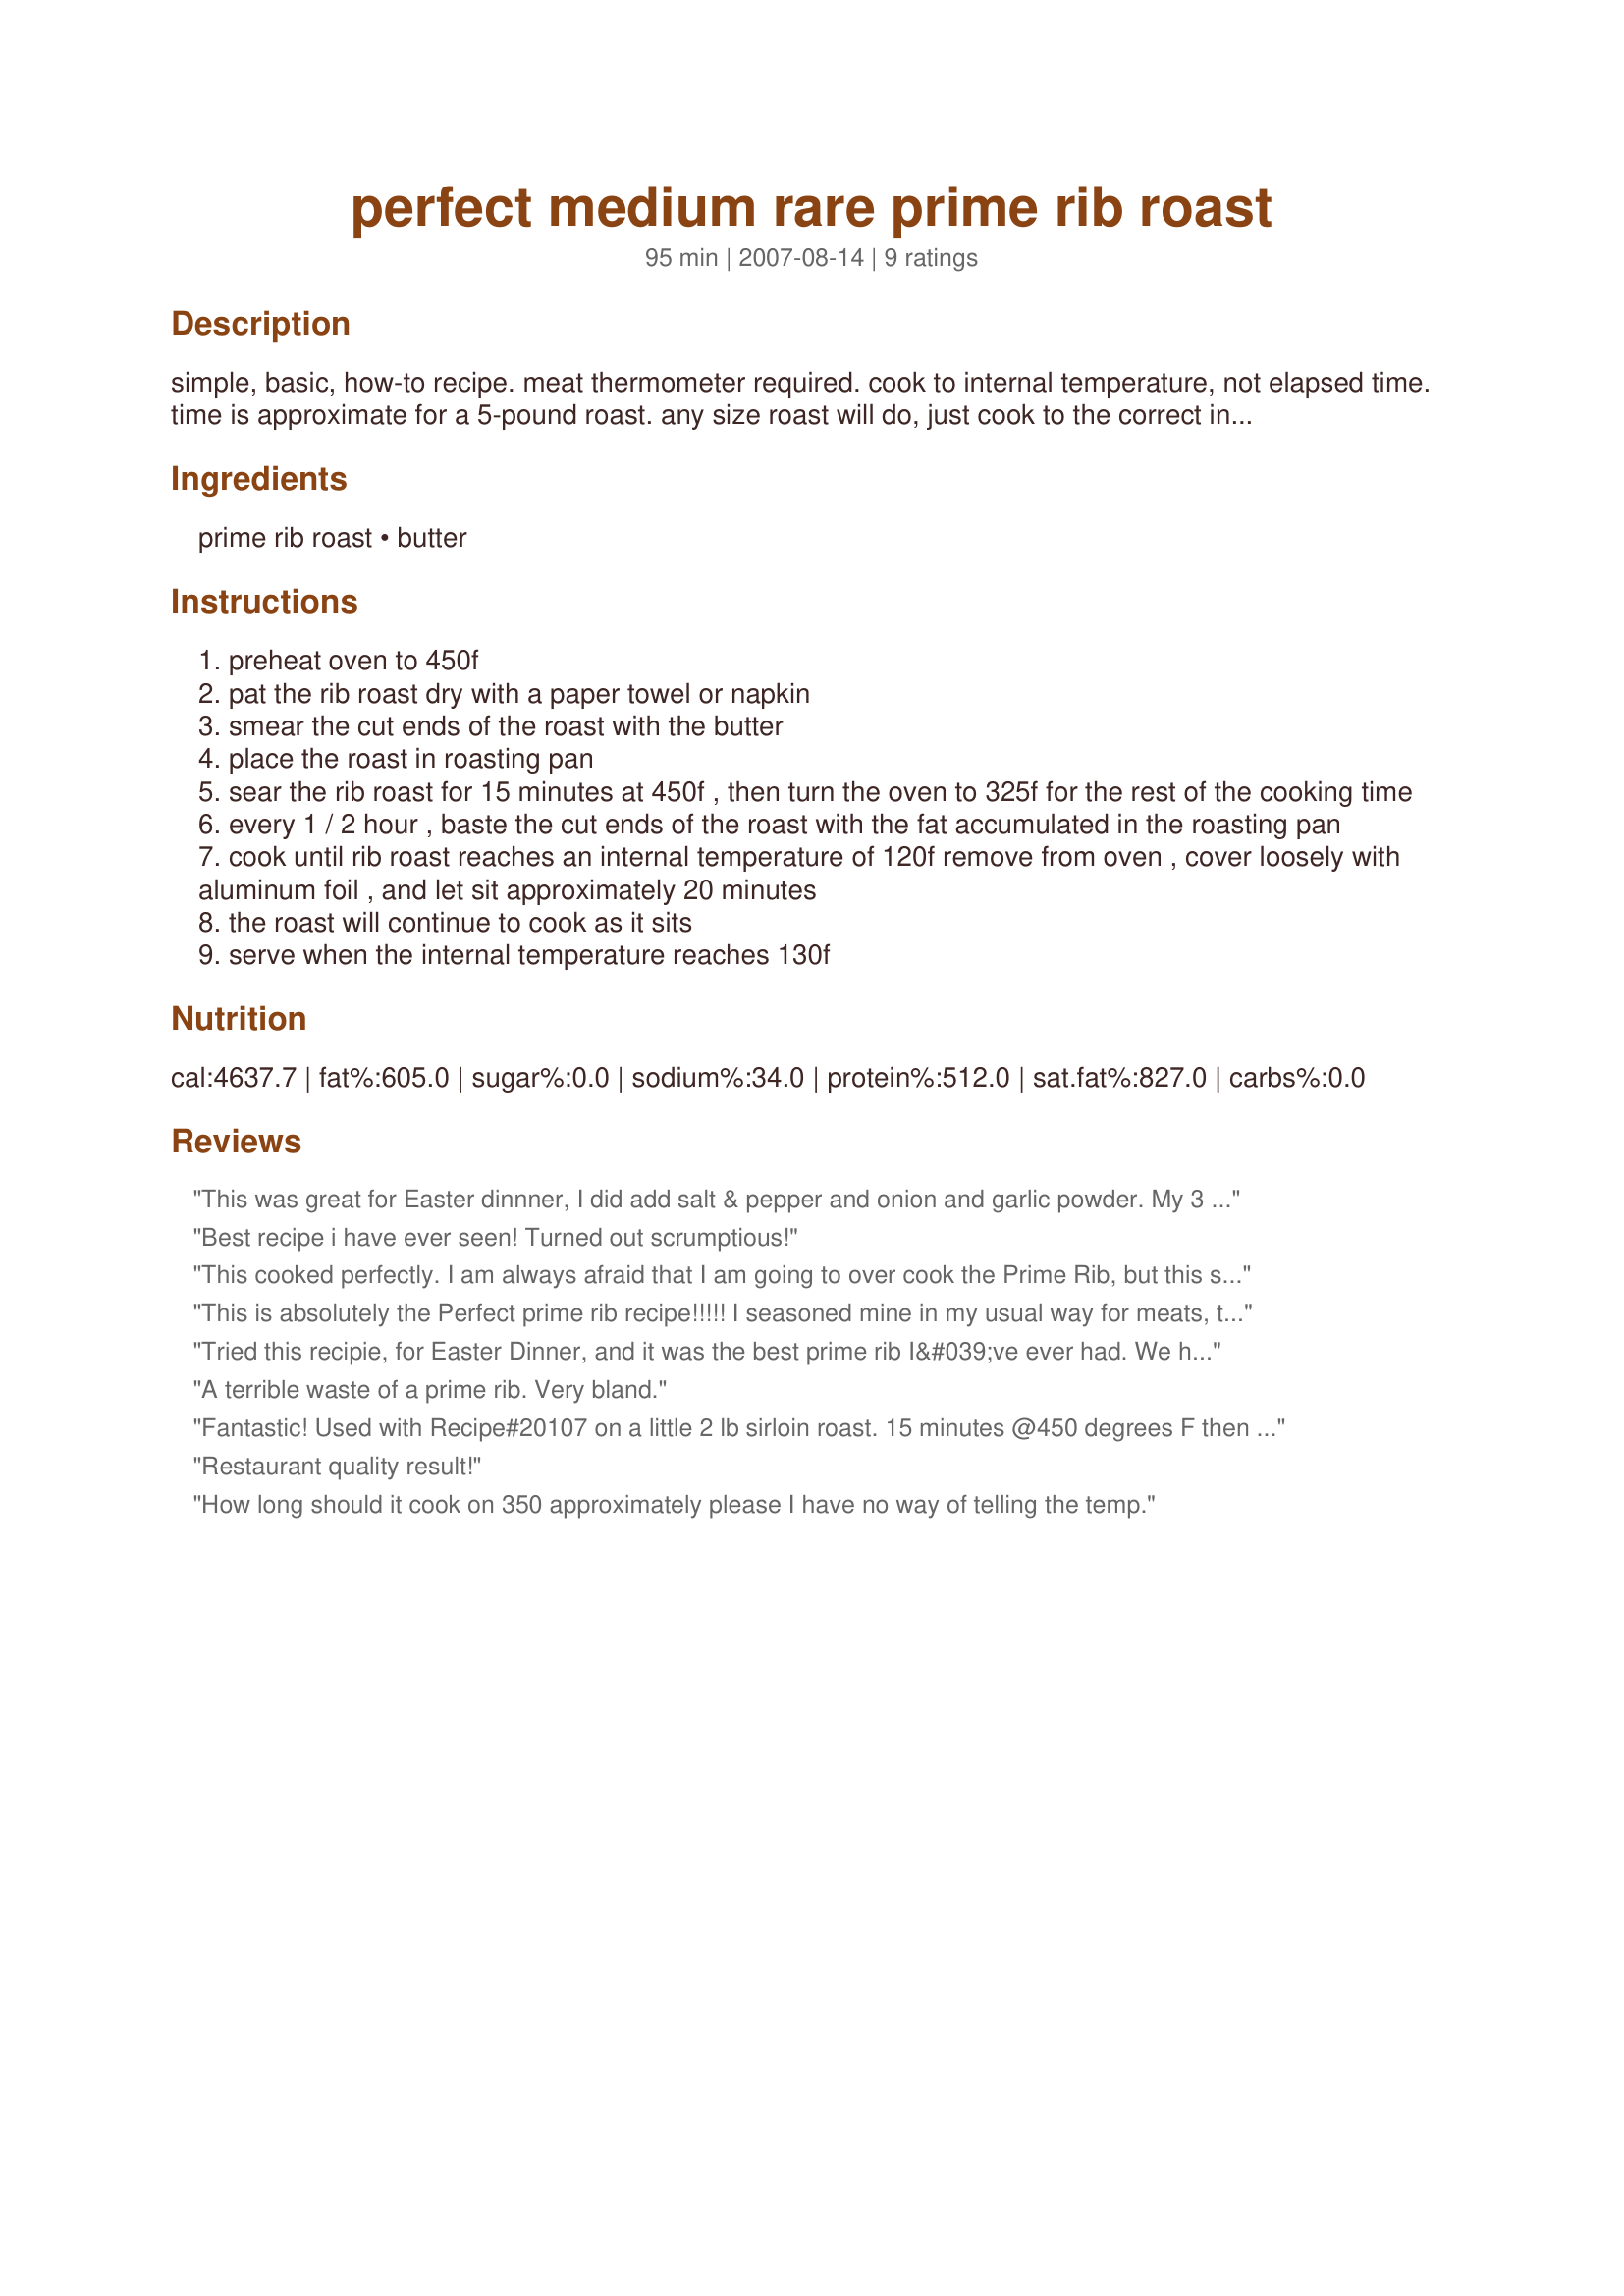
perfect medium rare prime rib roast
Preparation time: 95 minutes

simple, basic, how-to recipe. meat thermometer required. cook to internal temperature, not elapsed time. time is approximate for a 5-pound roast. any size roast will do, just cook to the correct internal temperature. add 20 minutes for resting time.

Ingredients:
prime rib roast, butter

Steps:
preheat oven to 450f
pat the rib roast dry with a paper towel or napkin
smear the cut ends of the roast with the butter
place the roast in roasting pan
sear the rib roast for 15 minutes at 450f , then turn the oven to 325f for the rest of the cooking time
every 1 / 2 hour , baste the cut ends of the roast with the fat accumulated in the roasting pan
cook until rib roast reaches an internal temperature of 120f remove from oven , cover loosely with aluminum foil , and let sit approximately 20 minutes
the roast will continue to cook as it sits
serve when the internal temperature reaches 130f

Reviews:
This was great for Easter dinnner, I did add salt & pepper and onion and garlic powder. My 3 pound roast was cooke to 165Â° and came out medium in the middle and medium well in the ends. Thanks for posting CipherBabe. Made for PAC Spring 2010.
Best recipe i have ever seen! Turned out scrumptious!
This cooked perfectly. I am always afraid that I am going to over cook the Prime Rib, but this seems a fail safe way to cook. Will use this technique again. Thanks.
This is absolutely the Perfect prime rib recipe!!!!! I seasoned mine in my usual way for meats, then followed the directions to a T, and voila! Perfect medium rare prime rib!!! My first try too!! And I was so nervous about making it, lol, as I was making it for my hubby and me, and my sister and brother-in-law who were up from Tx last year. And they were QUITE impressed, BIG complement coming from them as they have eaten at a lot of very fancy restaurants from all over the world, and I am just a home cook in small town MO. I am going to make this for my hubby this Friday for Valentines Day!!! He will be pleasantly surprised :D This is truly a fail proof recipe!!! Thanks Cipherbabe!!! :)
Tried this recipie, for Easter Dinner, and it was the best prime rib I&#039;ve ever had. We had a large crowd so I needed a large roast. cooked it according to the recipie and it came out fantastic. Was hoping to have some leftovers but everyone enjoyed it so much they were asking for seconds ! I will use this recipie and cooking directions from now on. Can&#039;t say enough about the recipie.
A terrible waste of a prime rib. Very bland.
Fantastic! Used with Recipe#20107 on a little 2 lb sirloin roast. 15 minutes @450 degrees F then 20 minutes @325 degrees F yielded a perfect medium rare roast. Will keep this to use again & again. Thank you CipherBabe!
Restaurant quality result!
How long should it cook on 350 approximately please I have no way of telling the temp.
